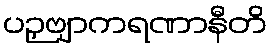
ပဉှဗျာကရဏာနီတိ